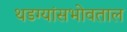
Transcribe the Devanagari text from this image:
थडग्यांसभोवताल